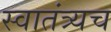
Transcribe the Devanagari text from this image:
स्वातंत्र्यच